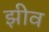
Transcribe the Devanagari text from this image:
झीव